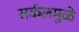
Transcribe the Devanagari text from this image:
सर्कलमुळे